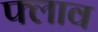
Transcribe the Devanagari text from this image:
फ्लाव